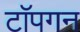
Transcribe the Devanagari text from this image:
टॉपगन